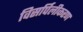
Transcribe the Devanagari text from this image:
विसर्पिलीकरण